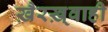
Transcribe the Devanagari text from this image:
ख़ैरख़्वाही